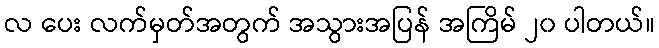
လ ပေး လက်မှတ်အတွက် အသွားအပြန် အကြိမ် ၂၀ ပါတယ်။